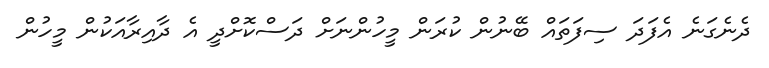
ދެނެގަނެ އެފަދަ ސިފަތައް ބޭނުން ކުރަން މީހުންނަށް ދަސްކޮށްދީ އެ ދާއިރާއަކުން މީހުން